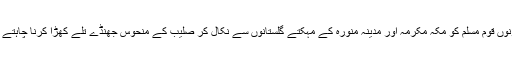
وہ دونوں قوم مسلم کو مکہ مکرمہ اور مدینہ منورہ کے مہکتے گلستانوں سے نکال کر صلیب کے منحوس جھنڈے تلے کھڑا کرنا چاہتے تھے۔